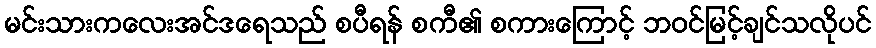
မင်းသားကလေးအင်ဒရေသည် စပီရန် စကီ၏ စကားကြောင့် ဘဝင်မြင့်ချင်သလိုပင်